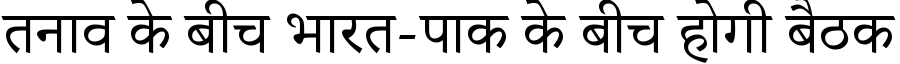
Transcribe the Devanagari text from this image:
तनाव के बीच भारत-पाक के बीच होगी बैठक